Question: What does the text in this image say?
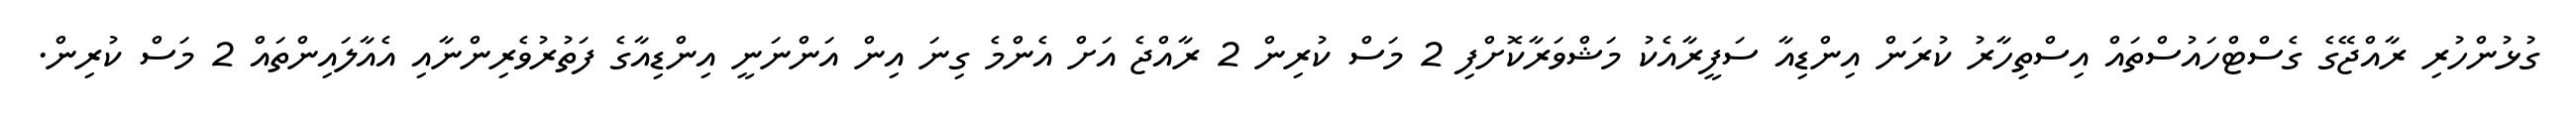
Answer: ގުޅުންހުރި ރާއްޖޭގެ ގެސްޓްހައުސްތައް އިސްތިހާރު ކުރަން އިންޑިއާ ސަފީރާއެކު މަޝްވަރާކޮށްފި 2 މަސް ކުރިން 2 ރާއްޖެ އަށް އެންމެ ގިނަ އިން އަންނަނީ އިންޑިއާގެ ފަތުރުވެރިންނާއި އެއާލައިންތައް 2 މަސް ކުރިން.